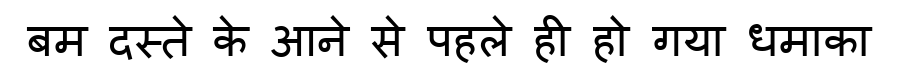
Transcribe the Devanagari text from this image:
बम दस्ते के आने से पहले ही हो गया धमाका